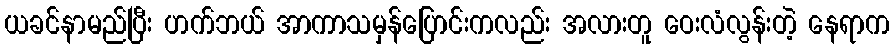
ယခင်နာမည်ပြီး ဟက်ဘယ် အာကာသမှန်ပြောင်းကလည်း အလားတူ ဝေးလံလွန်းတဲ့ နေရာက